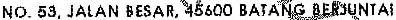
NO. 53, JALAN BESAR, 45600 BATANG BERJUNTAI